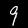
Digit: 9